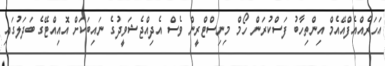
އަހަރެއްއެފްއޭއެމް އިންތިހާބު ފަސްކުރަން ހޯމް މިނިސްޓްރީން ވެސް އެދިއްޖެޝަވީދުގެ ނައިބަކަށް އޮއިއްޓޭގެ ބަދަލުގައި